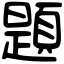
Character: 題